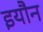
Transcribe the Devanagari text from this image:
इयौन